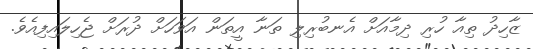
ޒާހިދު ތިއާ ހުރި ދިމާއަށް އެނބުރިލި ތަނާ އީތަން އަވަހަށް ދުރަށް ޖެހިލައިފިއެވެ.